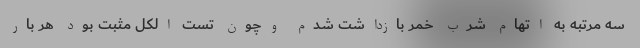
سه مرتبه به اتهام شرب خمر بازداشت شدم وچون تست الکل مثبت بود هر بار